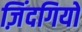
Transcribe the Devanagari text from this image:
ज़िंदगियों